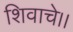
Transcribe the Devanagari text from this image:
शिवाचे।।